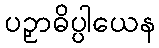
ပဉှာဓိပ္ပါယေန